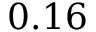
0 . 1 6